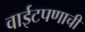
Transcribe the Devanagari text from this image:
वाईटपणाची